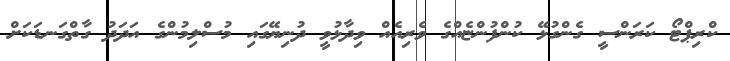
ކްރިޕްޓޯ ކަރަންސީ ގެންގުޅޭ ކުންފުންޏެއްގެ ވެރިއެއް ވިދާޅުވީ ދުނިޔޭގައި މުސްލިމުންގެ އަދަދު ގާތްގަނޑަކަށް